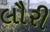
લૌરી